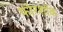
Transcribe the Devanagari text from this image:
फोरशॉक